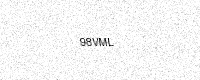
Text: 98VML